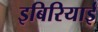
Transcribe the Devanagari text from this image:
इबिरियाई